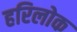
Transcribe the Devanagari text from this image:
हरिलोक